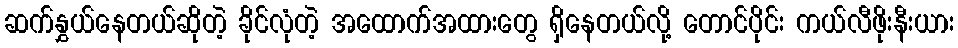
ဆက်နွှယ်နေတယ်ဆိုတဲ့ ခိုင်လုံတဲ့ အထောက်အထားတွေ ရှိနေတယ်လို့ တောင်ပိုင်း ကယ်လီဖိုးနီးယား